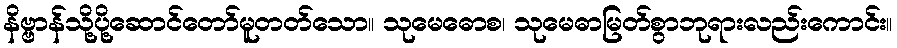
နိဗ္ဗာန်သို့ပို့ဆောင်တော်မူတတ်သော။ သုမေဓောစ၊ သုမေဓာမြတ်စွာဘုရားလည်းကောင်း။